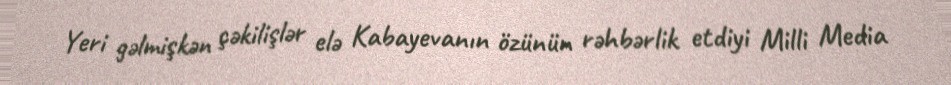
Yeri gəlmişkən çəkilişlər elə Kabayevanın özünün rəhbərlik etdiyi Milli Media